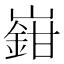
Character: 𡽎